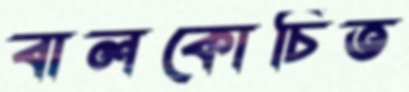
বালকোচিত